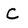
Character: c